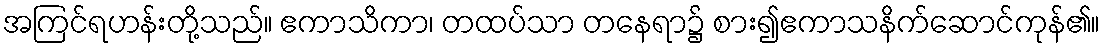
အကြင်ရဟန်းတို့သည်။ ဧကာသိကာ၊ တထပ်သာ တနေရာ၌ စား၍ဧကာသနိက်ဆောင်ကုန်၏။